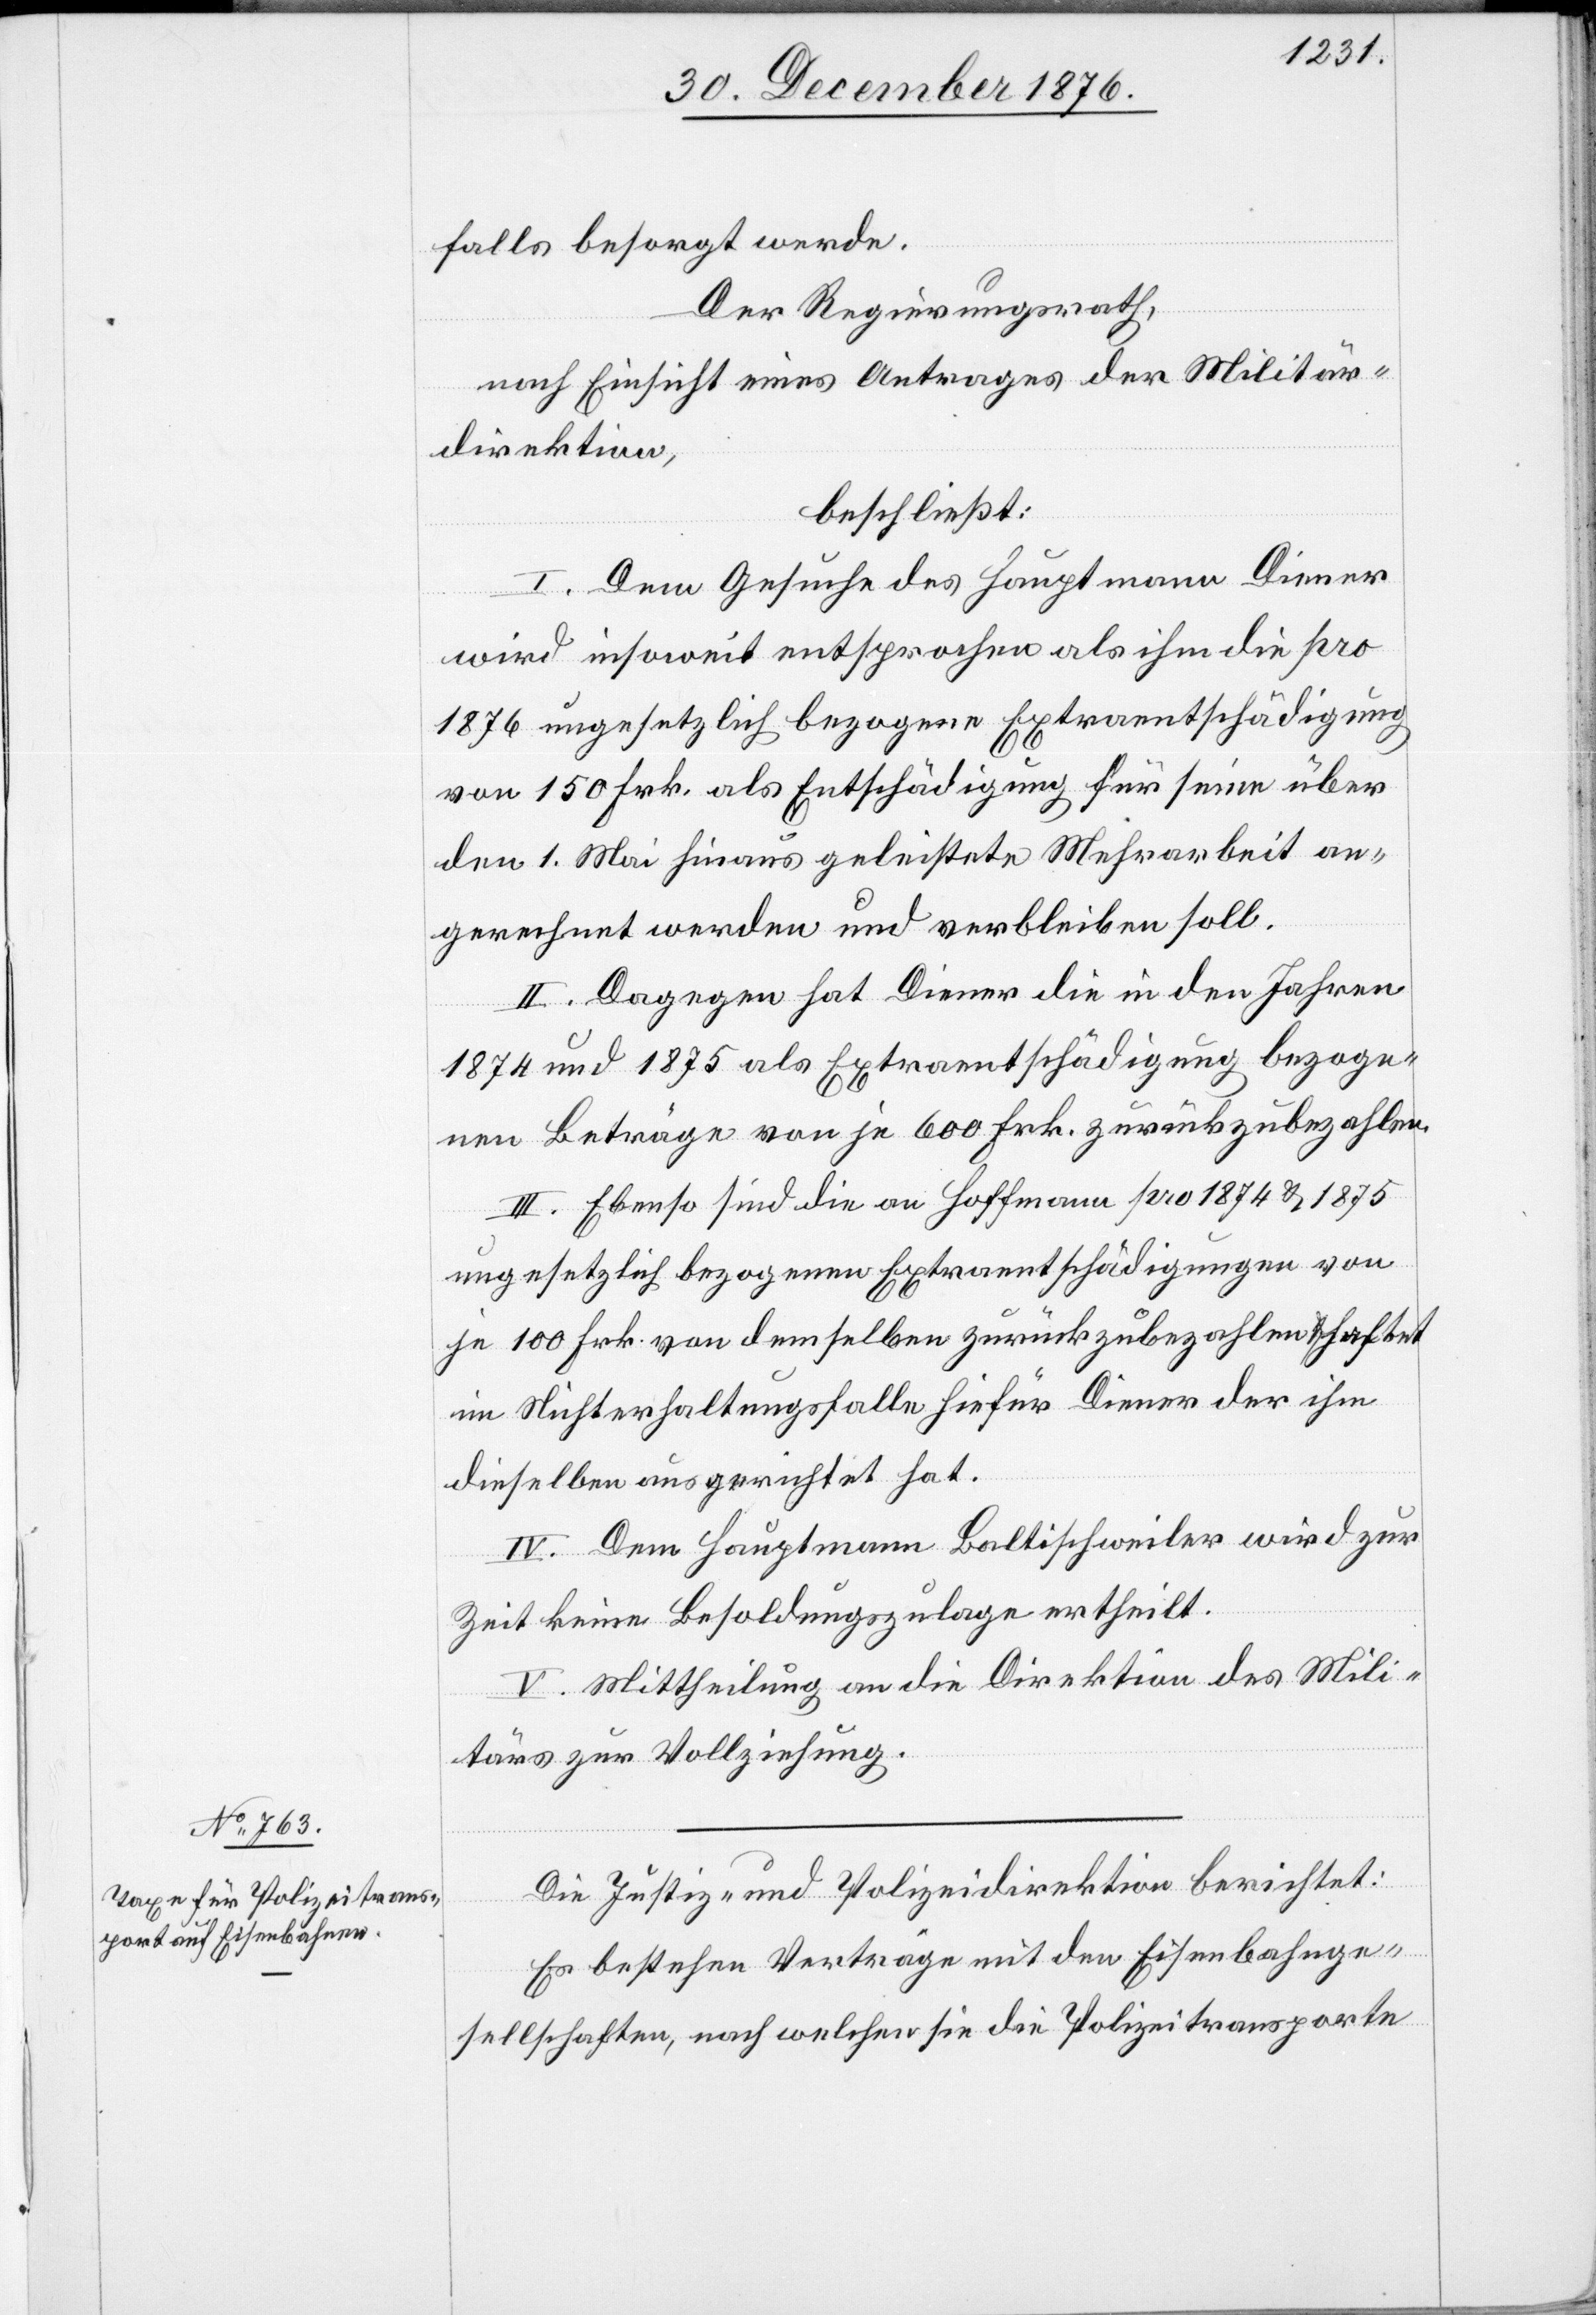
falls besorgt werde.
Der Regierungsrath,
nach Einsicht eines Antrages der Militär¬
direktion,
beschließt:
I. Dem Gesuche des Hauptmann Diener
wird insoweit entsprochen als ihm die pro
1876 ungesetzlich bezogenen Extraentschädigung
von 150 Frk. als Entschädigung für seine über
den 1. Mai hinaus geleistete Mehrarbeit an¬
gerechnet werden und verbleiben soll.
II. Dagegen hat Diener die in den Jahren
1874 und 1875 als Extraentschädigung bezoge¬
nen Beiträge von je 600 Frk. zurückzubezahlen.
III. Ebenso sind die an Hoffmann pro 1874 & 1875
ungesetzlich bezogenen Extraentschädigungen von
je 100 Frk. von demselben zurückzubezahlen & haftet
im Nichterhaltungsfalle hiefür Diener der ihm
dieselben ausgerichtet hat.
IV. Dem Hauptmann Baltischweiler wird zur
Zeit keine Besoldungszulage ertheilt.
V. Mittheilung an die Direktion des Mili¬
tärs zur Vollziehung.
Die Justiz- und Polizeidirektion berichtet:
Es bestehen Verträge mit den Eisenbahnge¬
sellschaften, nach welchen sie die Polizeitransporte